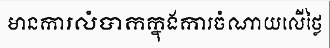
មានការលំបាកក្នុងការចំណាយលើថ្លៃ